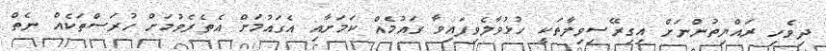
ދިވެހި ރައްޔިތުންނަށް އިގިރޭސިވިލާތަކީ ހުޅުވާލެވިފައިވާ ގައުމެއް ކަމަށާއި އެގައުމަށް އެތެރެވުމަށް ހުރަސްތަކެއް ނެތް